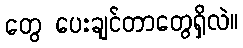
တွေ ပေးချင်တာတွေရှိလဲ။